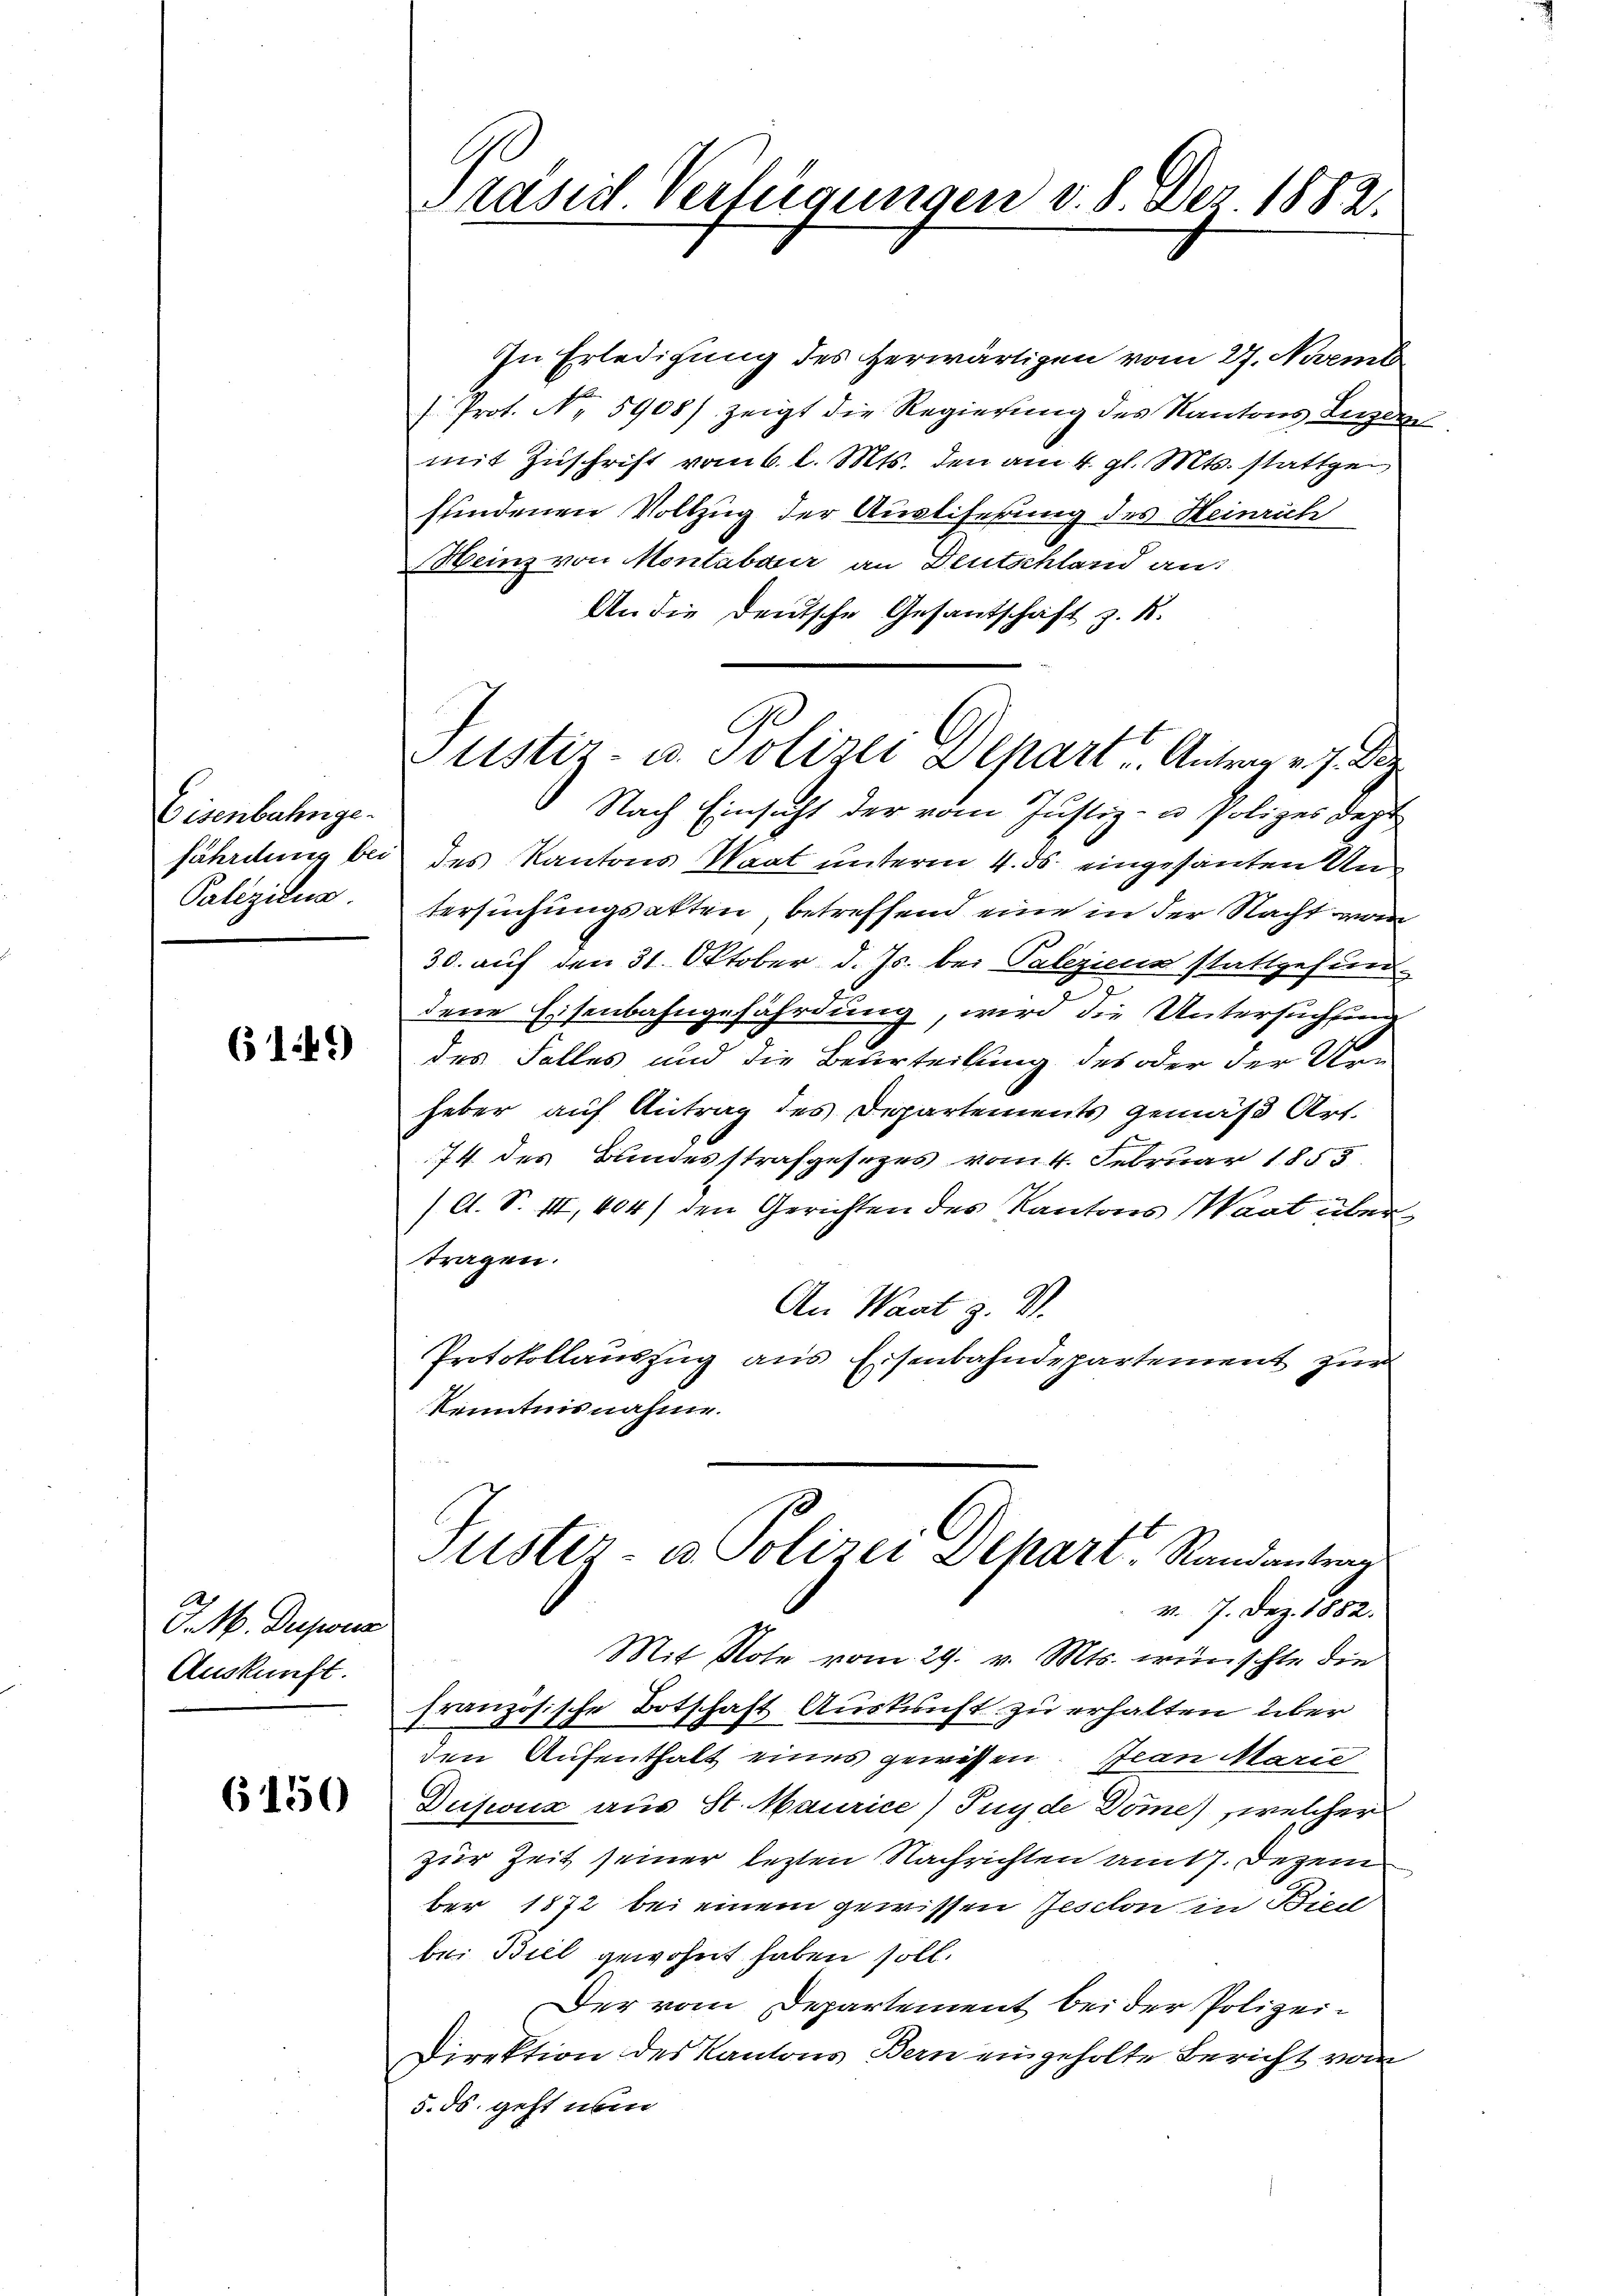
Eisenbahngefährdung bei
Paliziena

6149

J. M. Deponir
Auskunft.

(150

Präsid Verfügungen v. 8. Dez. 1882.

In Erledigung des herwärtigen vom 27. Novemb
 Prot. No 5908/ zeigt die Regierung des Kantons Luzern
mit Zuschrift vom 6. l. Mts. den am 4. gl. Mts. stattge
fundenen Vollzug der Ausliferung des Heinrich
Heinz von Montabauer an Deutschland an:
An die Deutsche Gesandtschaft z. B.
Nach Einsicht der vom Justiz- u Polizes dept
des Kantons Waat unterm 4. ds. eingesanten Untersuchungsakten, betreffend eine in der Nacht w
30. auf den 31. Oktober d. Js. bei Paleziens stattgefunds
dene Eisenbahngefährdung, wird die Untersuchung
des Falles und die Beurteilung des oder der Ur-
heber auf Antrag des Departements gemäß Art.
74 des Bundesstrafgesezes vom 4. Februar 1855
(A. S. III, 404) den Gerichten des Kantons Waat über
tragen.
An Waat
Protokollauszug aus Eisenbahndepartement zur
Kenntnis nahme.
Puster- u. Polizei Dehart, Randantrage
v. 7. Dez. 1882.
Mit Note vom 29. v. Mts. wünschte die
französische Botschaft Auskunft zu erhalten über
den Aufenthalt eines gewissen. Jean Marie
Dusius aus St. Maurice) Juyde Dome) welcher
zur Zeit seiner lezten Nachrichten amt. Dezem
ber 1872 bei einem gewissen Jeschon in Bied
bei Biel gewohnt haben soll.
Der vom Departement bei der Polizei¬
Direktion des Kantons Bern eingeholte Bericht vom
5. ds. geht nu

2
Plistiz- u. Polizei Depart. Antrag v. J. Der

e